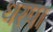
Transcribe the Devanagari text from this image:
धरपा